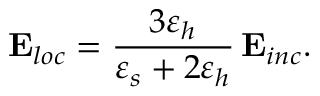
{ \bf E } _ { l o c } = \frac { 3 \varepsilon _ { h } } { \varepsilon _ { s } + 2 \varepsilon _ { h } } \, { \bf E } _ { i n c } .